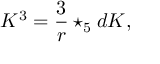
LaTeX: K ^ { 3 } = { \frac { 3 } { r } } \star _ { 5 } d K ,